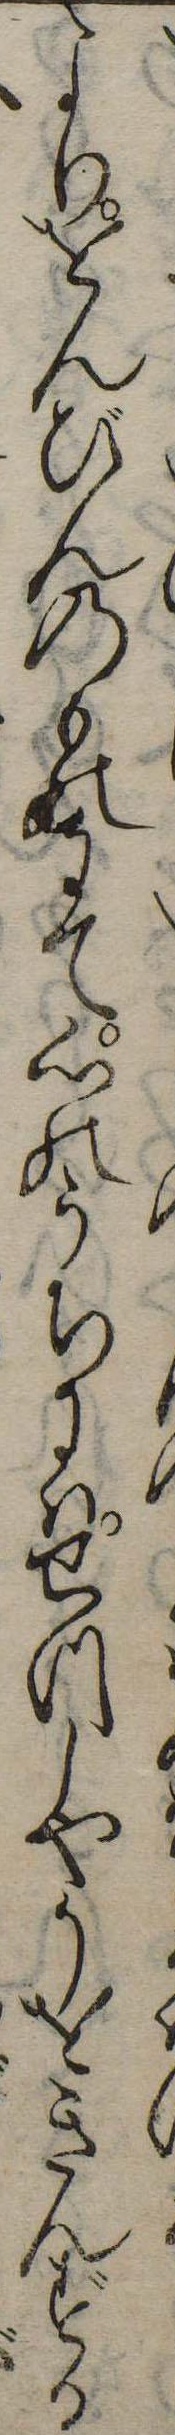
よりをんびんのものにて心のうちにはせつしやうをきんずる